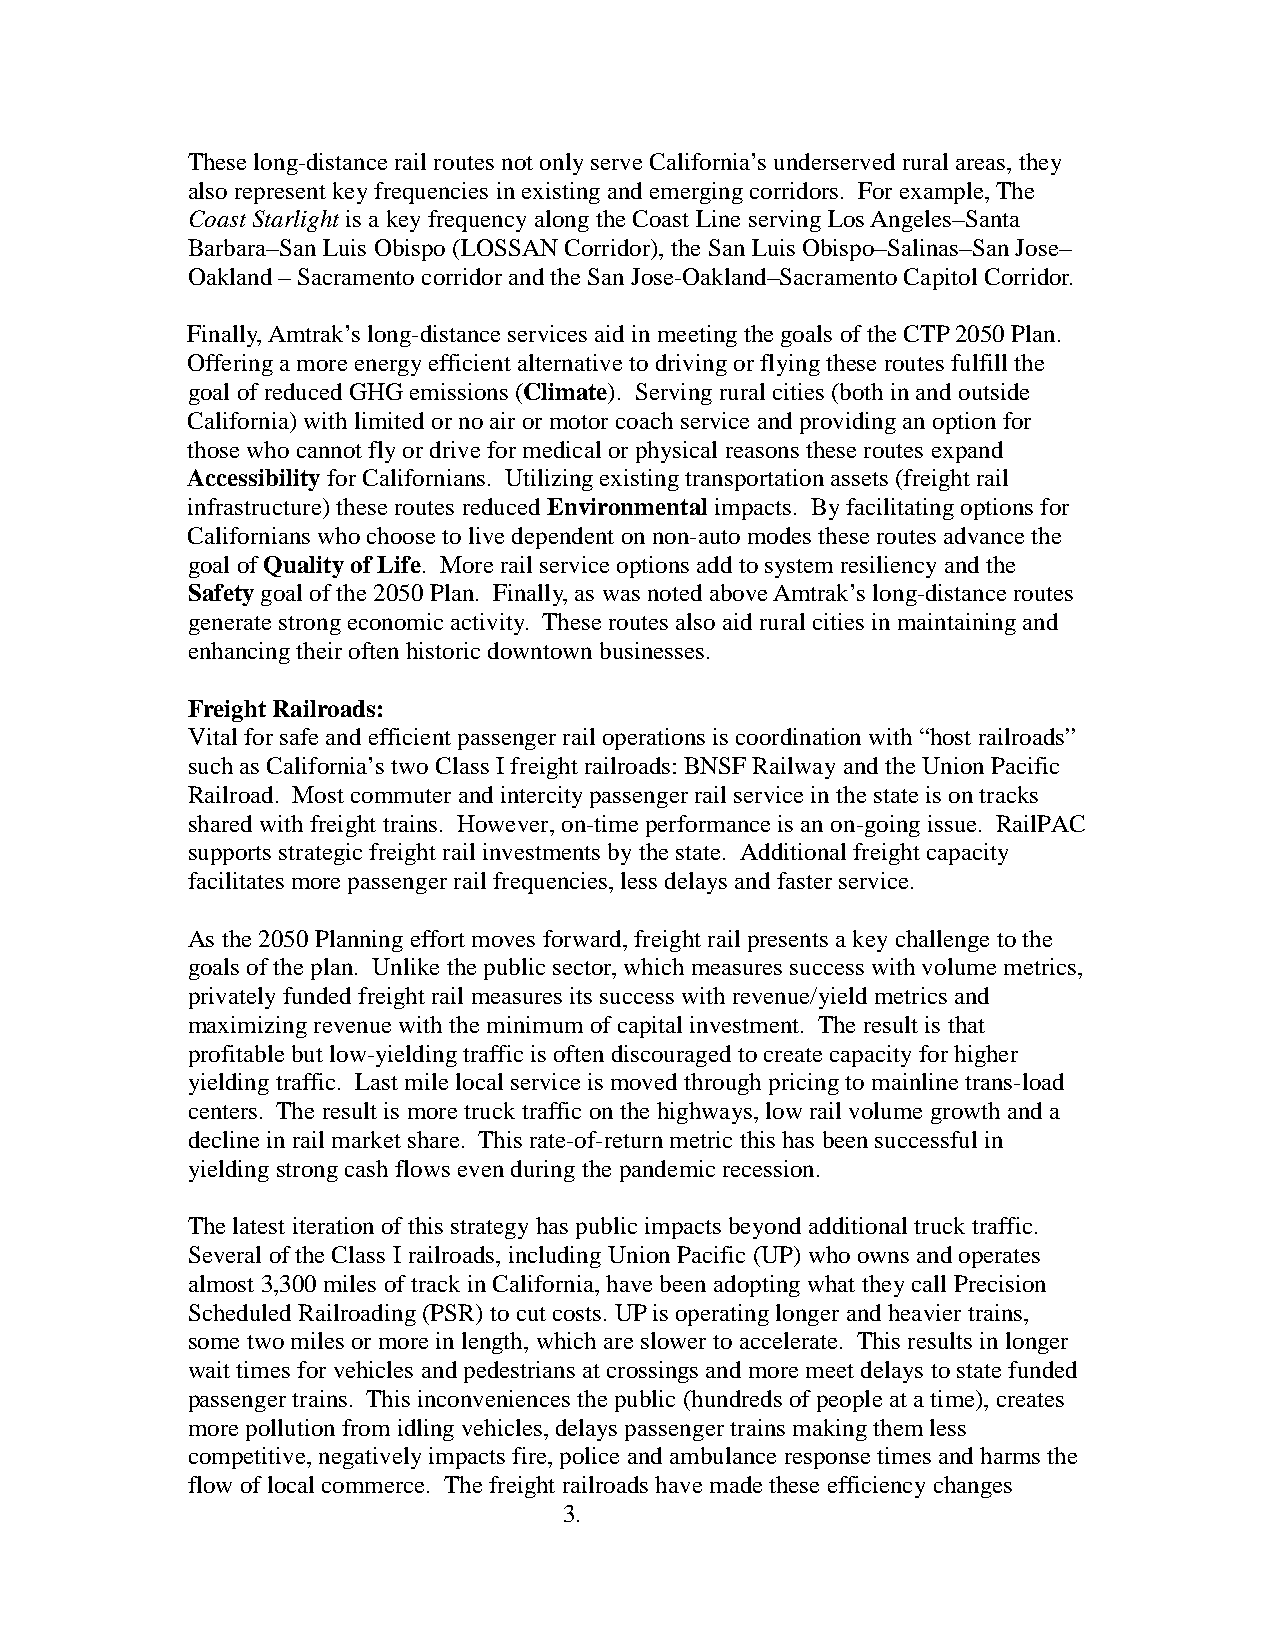
These long-distance rail routes not only serve California’s underserved rural areas, they
 also represent key frequencies in existing and emerging corridors. For example, The
 Coast Starlight is a key frequency along the Coast Line serving Los Angeles–Santa
 Barbara–San Luis Obispo (LOSSAN Corridor), the San Luis Obispo–Salinas–San Jose–
 Oakland – Sacramento corridor and the San Jose-Oakland–Sacramento Capitol Corridor.
 Finally, Amtrak’s long-distance services aid in meeting the goals of the CTP 2050 Plan.
 Offering a more energy efficient alternative to driving or flying these routes fulfill the
 goal of reduced GHG emissions (Climate). Serving rural cities (both in and outside
 California) with limited or no air or motor coach service and providing an option for
 those who cannot fly or drive for medical or physical reasons these routes expand
 Accessibility for Californians. Utilizing existing transportation assets (freight rail
 infrastructure) these routes reduced Environmental impacts. By facilitating options for
 Californians who choose to live dependent on non-auto modes these routes advance the
 goal of Quality of Life. More rail service options add to system resiliency and the
 Safety goal of the 2050 Plan. Finally, as was noted above Amtrak’s long-distance routes
 generate strong economic activity. These routes also aid rural cities in maintaining and
 enhancing their often historic downtown businesses.
 Freight Railroads:
 Vital for safe and efficient passenger rail operations is coordination with “host railroads”
 such as California’s two Class I freight railroads: BNSF Railway and the Union Pacific
 Railroad. Most commuter and intercity passenger rail service in the state is on tracks
 shared with freight trains. However, on-time performance is an on-going issue. RailPAC
 supports strategic freight rail investments by the state. Additional freight capacity
 facilitates more passenger rail frequencies, less delays and faster service.
 As the 2050 Planning effort moves forward, freight rail presents a key challenge to the
 goals of the plan. Unlike the public sector, which measures success with volume metrics,
 privately funded freight rail measures its success with revenue/yield metrics and
 maximizing revenue with the minimum of capital investment. The result is that
 profitable but low-yielding traffic is often discouraged to create capacity for higher
 yielding traffic. Last mile local service is moved through pricing to mainline trans-load
 centers. The result is more truck traffic on the highways, low rail volume growth and a
 decline in rail market share. This rate-of-return metric this has been successful in
 yielding strong cash flows even during the pandemic recession.
 The latest iteration of this strategy has public impacts beyond additional truck traffic.
 Several of the Class I railroads, including Union Pacific (UP) who owns and operates
 almost 3,300 miles of track in California, have been adopting what they call Precision
 Scheduled Railroading (PSR) to cut costs. UP is operating longer and heavier trains,
 some two miles or more in length, which are slower to accelerate. This results in longer
 wait times for vehicles and pedestrians at crossings and more meet delays to state funded
 passenger trains. This inconveniences the public (hundreds of people at a time), creates
 more pollution from idling vehicles, delays passenger trains making them less
 competitive, negatively impacts fire, police and ambulance response times and harms the
 flow of local commerce. The freight railroads have made these efficiency changes
 3.